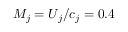
M _ { j } = U _ { j } / c _ { j } = 0 . 4